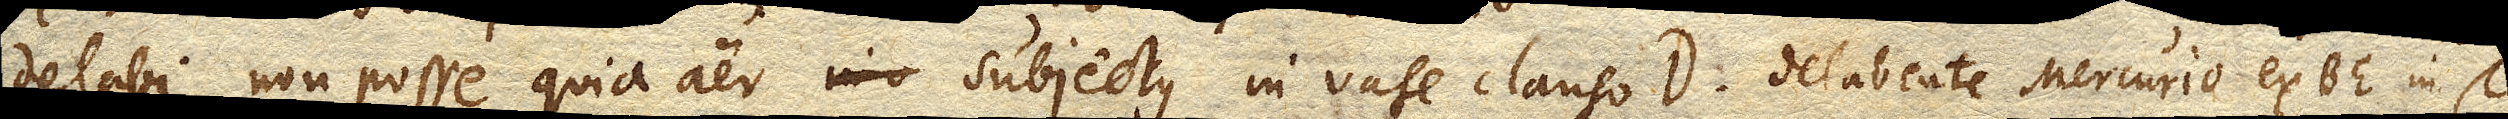
delabi non posse quia aer subjectus in vase clauso D. delabente Mercurio ex tubo BE. in vas C.